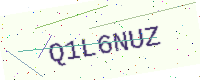
Text: Q1L6NUZ